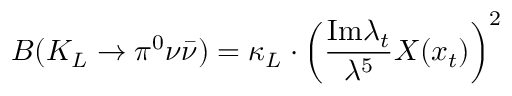
B ( K _ { L } \to \pi ^ { 0 } \nu \bar { \nu } ) = \kappa _ { L } \cdot \left( \frac { \mathrm { I m } \lambda _ { t } } { \lambda ^ { 5 } } X ( x _ { t } ) \right) ^ { 2 }